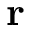
\mathbf r